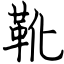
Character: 靴